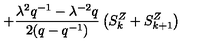
+ \frac { { \lambda } ^ { 2 } q ^ { - 1 } - { \lambda } ^ { - 2 } q } { 2 ( q - q ^ { - 1 } ) } \left( S _ { k } ^ { Z } + S _ { k + 1 } ^ { Z } \right) \,